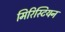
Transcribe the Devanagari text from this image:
मिरिस्टियन